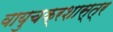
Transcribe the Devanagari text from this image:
वायुचक्रशास्त्र